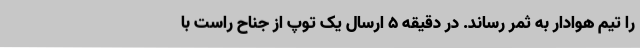
را تیم هوادار به ثمر رساند. در دقیقه 5 ارسال یک توپ از جناح راست با